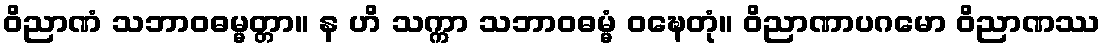
ဝိညာဏံ သဘာဝဓမ္မတ္တာ။ န ဟိ သက္ကာ သဘာဝဓမ္မံ ဝဍ္ဎေတုံ။ ဝိညာဏာပဂမော ဝိညာဏဿ